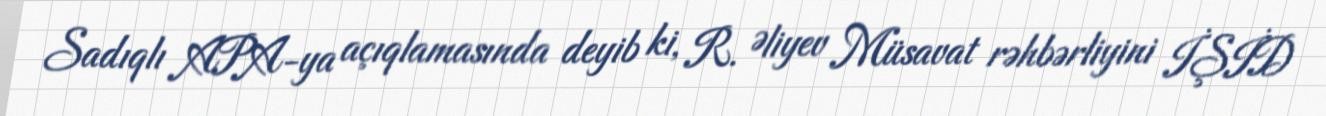
Sadıqlı APA-ya açıqlamasında deyib ki, R. Əliyev Müsavat rəhbərliyini İŞİD